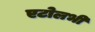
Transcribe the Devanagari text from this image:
एटोलभी